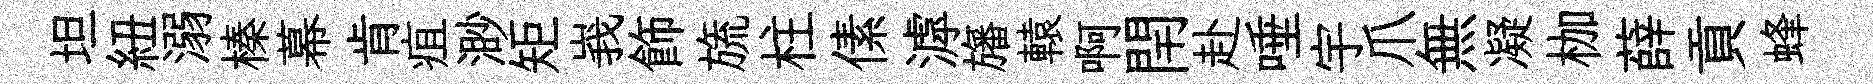
坦紐溺榛幕肯疽渺矩峩飾旒柱傃滹旛轅啊閈赴唾宇爪無凝枷薛貢蜂